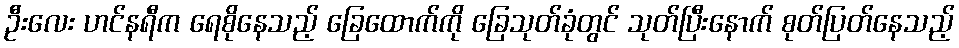
ဦးလေး ဟင်နရီက ရေစိုနေသည့် ခြေထောက်ကို ခြေသုတ်ခုံတွင် သုတ်ပြီးနောက် စုတ်ပြတ်နေသည့်